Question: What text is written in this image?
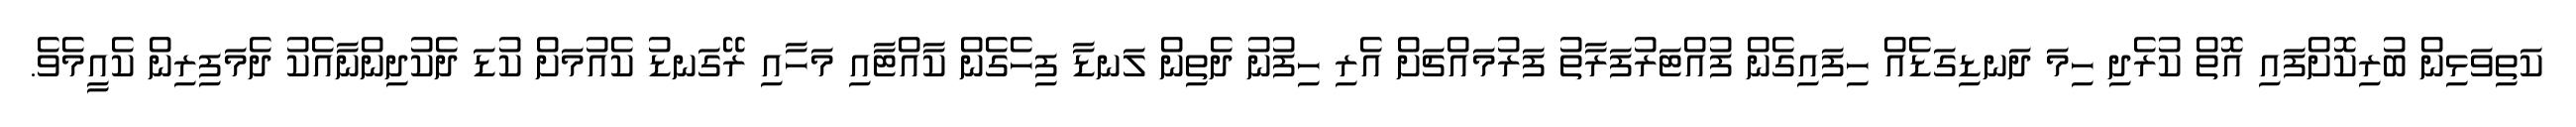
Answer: ކަތިވަޅިން ބުރިކޮށްފައި އޮތް ކުރެދި ހިމަ ދަނޑިގަޑެއް ހިފައިގެން ފުއްޓަރުފަރާތު ފަރުމައްޗަށް އެރި ހިފުނު ދެތިން ލަނޑާ ފިހެގެން ކާއްޓާއި މަހާއި ރޭގަނޑު ކެއުމަށް ކުޑަ ދެކުދިންނާއެކު ދެމަފިރިން ކެއީމެވެ.